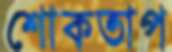
শোকতাপ